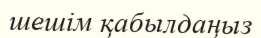
шешім қабылдаңыз